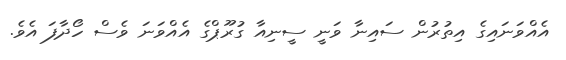
އެއްވަނައިގެ އިތުރުން ސައިނާ ވަނީ ސީނިއާ ގުރޫޕްގެ އެއްވަނަ ވެސް ހޯދާފަ އެވެ.